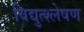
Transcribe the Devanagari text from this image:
विद्युत्श्लेषण